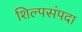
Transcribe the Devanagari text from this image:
शिल्पसंपदा